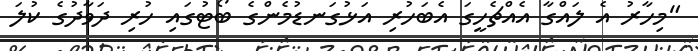
"މިހާރު އެ ލައްގާ އެއްޗެހީގަ އެބަހުރި އަޅުގަނޑުމެންގެ ބޯޓުގައި ހުރި ދަވާދުގެ ކުލަ